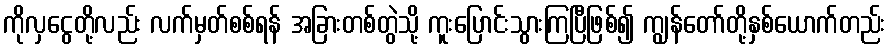
ကိုလှငွေတို့လည်း လက်မှတ်စစ်ရန် အခြားတစ်တွဲသို့ ကူးပြောင်းသွားကြပြီဖြစ်၍ ကျွန်တော်တို့နှစ်ယောက်တည်း